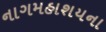
નાગમહાશયના